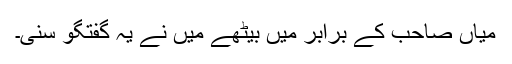
میاں صاحب کے برابر میں بیٹھے میں نے یہ گفتگو سنی۔